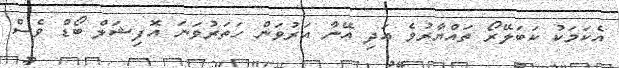
އެކަމަކު ކަބަލޭރޯ ތައްޔާރުވެ އަދި އޭނާ އަރުވަން ހަތަރުވަނަ އޮފިޝަލް ބޯޑް ވެސް